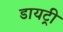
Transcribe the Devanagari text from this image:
डायट्री